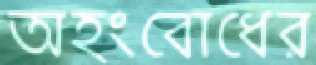
অহংবোধের